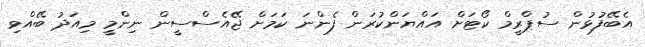
އެބޭފުޅުން ސުޕްރީމް ކޯޓަށް އައްޔަންކުރަން ފެންނަ ކަމަށް ޖޭއެސްސީން ނިންމީ މިއަދު ބޭއްވި